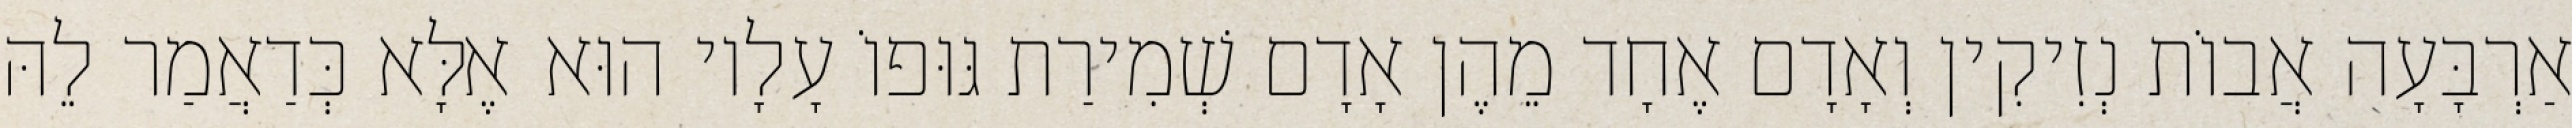
אַרְבָּעָה אֲבוֹת נְזִיקִין וְאָדָם אֶחָד מֵהֶן אָדָם שְׁמִירַת גּוּפוֹ עָלָיו הוּא אֶלָּא כְּדַאֲמַר לֵהּ